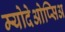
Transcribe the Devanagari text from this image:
म्योदेओप्सिअ